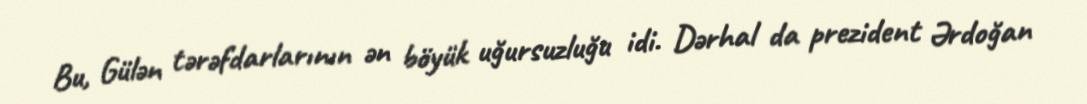
Bu, Gülən tərəfdarlarının ən böyük uğursuzluğu idi. Dərhal da prezident Ərdoğan